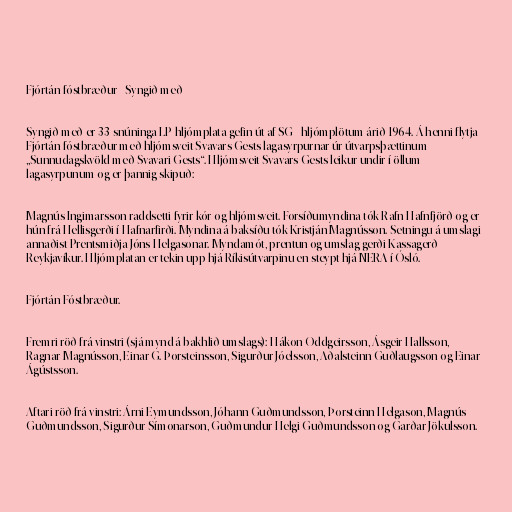
Fjórtán fóstbræður - Syngið með

Syngið með er 33-snúninga LP hljómplata gefin út af SG - hljómplötum árið 1964. Á henni flytja
Fjórtán fóstbræður með hljómsveit Svavars Gests lagasyrpurnar úr útvarpsþættinum
„Sunnudagskvöld með Svavari Gests“. Hljómsveit Svavars Gests leikur undir í öllum
lagasyrpunum og er þannig skipuð:

Magnús Ingimarsson raddsetti fyrir kór og hljómsveit. Forsíðumyndina tók Rafn Hafnfjörð og er
hún frá Hellisgerði í Hafnarfirði. Myndina á baksíðu tók Kristján Magnússon. Setningu á umslagi
annaðist Prentsmiðja Jóns Helgasonar. Myndamót, prentun og umslag gerði Kassagerð
Reykjavíkur. Hljómplatan er tekin upp hjá Ríkisútvarpinu en steypt hjá NERA í Ósló.

Fjórtán Fóstbræður.

Fremri röð frá vinstri (sjá mynd á bakhlið umslags): Hákon Oddgeirsson, Ásgeir Hallsson,
Ragnar Magnússon, Einar G. Þorsteinsson, Sigurður Jóelsson, Aðalsteinn Guðlaugsson og Einar
Ágústsson.

Aftari röð frá vinstri: Árni Eymundsson, Jóhann Guðmundsson, Þorsteinn Helgason, Magnús
Guðmundsson, Sigurður Símonarson, Guðmundur Helgi Guðmundsson og Garðar Jökulsson.